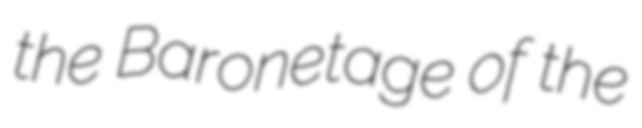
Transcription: the Baronetage of the